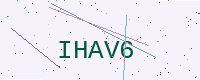
Text: IHAV6